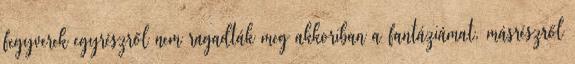
fegyverek egyrészről nem ragadták meg akkoriban a fantáziámat, másrészről